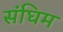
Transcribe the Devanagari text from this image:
संघिम